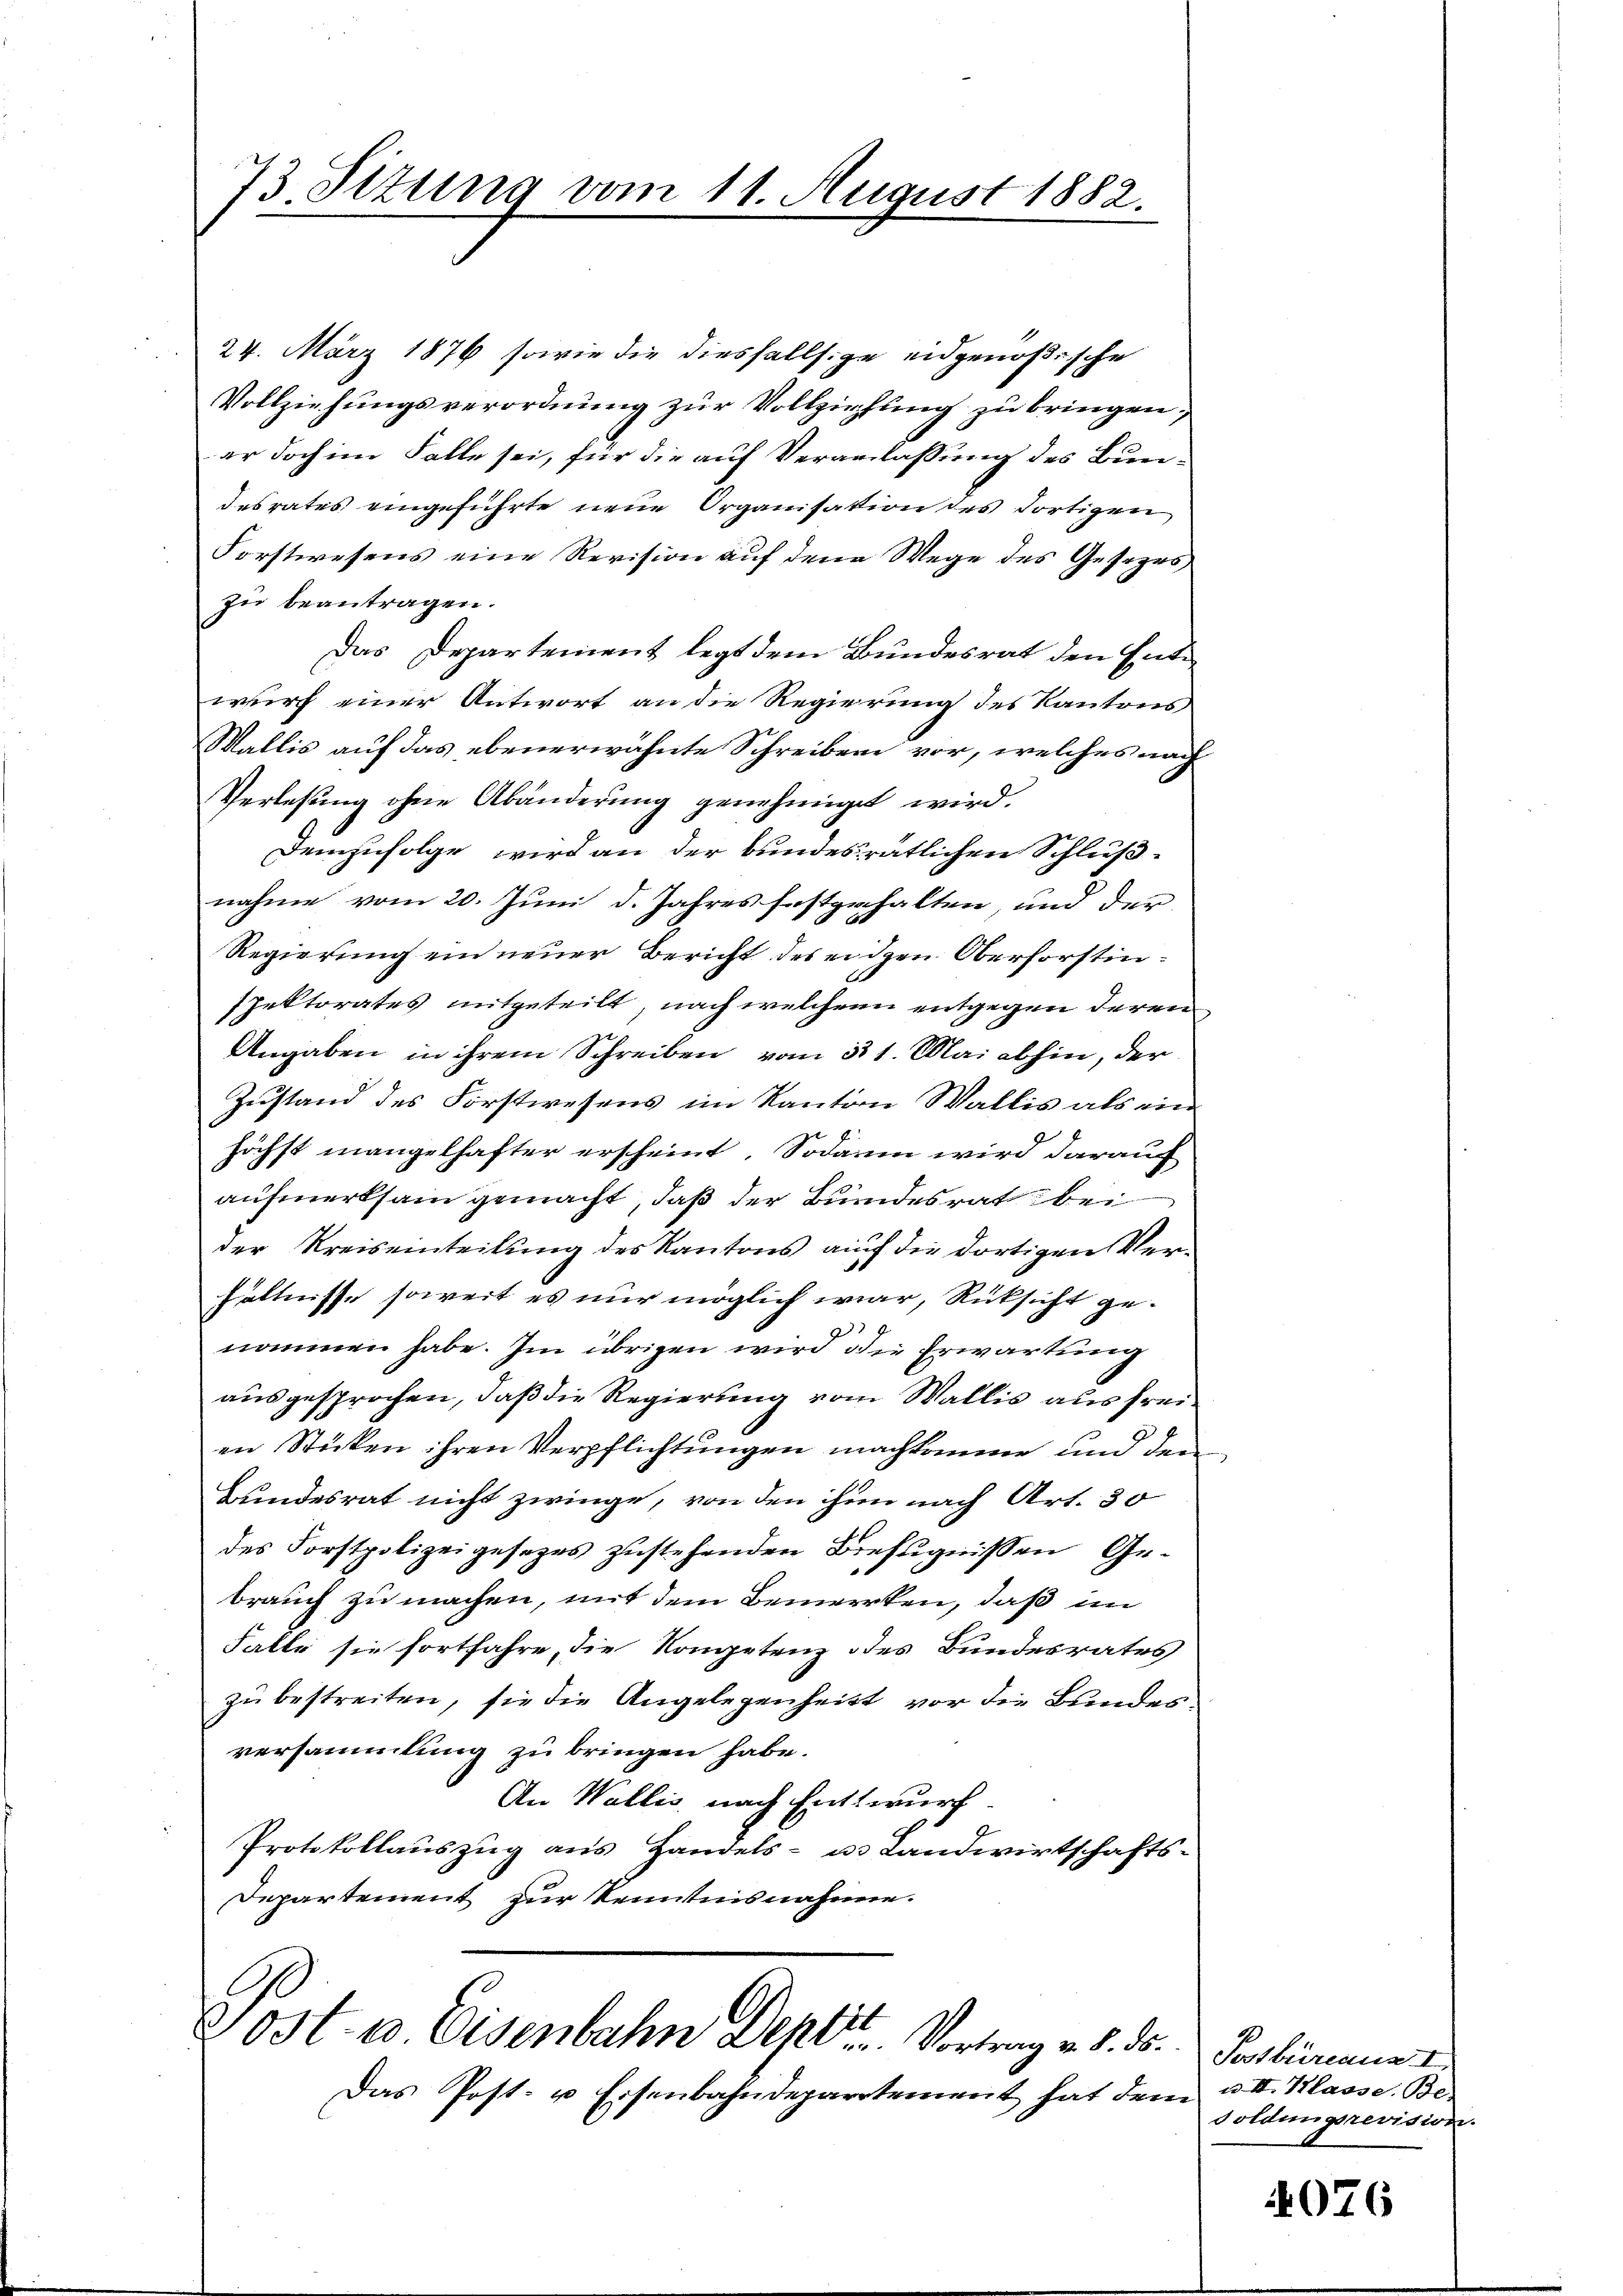
73. Stzung vom 11. August 1882.

24. März 1876 sowie die diesfallsige eidgenößische
Vollziehungsverordnung zur Vollziehung zu bringen,
er doch im Falle sei, für die auf Veranlassung des Bundesrates eingeführte neue Organisation des dortigen
Forstwesens eine Revision auf den Wege des Gesezes
zu beantragen.
Das Departement legt dem Bundesrat den Entwurf einer Antwort an die Regierung des Kantons
Wallis auf das ebenerwähnte Schreiben vor, welches nach
Verlesung ohne Abänderung genehmiget wird.
Demzufolge, wird an der bundesrätlichen Schlußnahme vom 20. Juni d. Jahres festgehalten, und der
Regierung ein neuer Bericht des eidgen Oberforstinspektorates mitgeteilt, nach welchem entgegen deren
Angaben in ihrem Schreiben vom 31. Mai abhin, der
Zustand des Forstwesens im Kanton Wallis als ein
höchst mangelhafter erscheint. Sodann wird darauf
aufmerksam gemacht, daß der Bundesrat bei
der Kreiseinteilung des Kantons auf die dortigen Verhältnisse soweit es nur möglich war, Rücksicht ge-
2
2
nommen habe. Im übrigen wird die Erwartung
ausgesprochen, daß die Regierung vom Wallis aus freien Stücken ihren Verpflichtungen machkomme und den
Bundesrat nicht zwinge, von den ihm nach Art. 30
des Forstpolizeigesezes zustehenden Befugnissen Gebrauch zu machen, mit dem Bemerken, daß im
Falle sie fortfahre, die Kompetenz des Bundesrates
zu bestreiten, sie die Angelegenheitt vor die Bundesversammlung zu bringen habe.
An Wallis, nach Entwurf
Protokollauszug aus Handels- u. Landwirtschafts¬
Departement zur Kenntnisnahme.

Post 10 Eisenbahn Deplit Vortrag v. 5. ds.

Das Post- u Eisenbahndepartement hat den

Postbüreaus I
u. II. Klasse. Be.
d
doldungsrevision.

4076